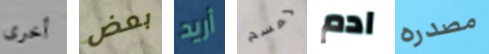
أخرى بعض أريد لمسح ادم مصدره